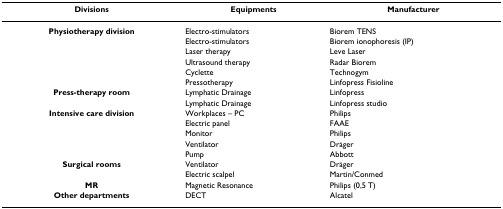
| Divisions | Equipments | Manufacturer |
 | --- | --- | --- |
 | Physiotherapy division | Electro-stimulators | Biorem TENS |
 |  | Electro-stimulators | Biorem ionophoresis (IP) |
 |  | Laser therapy | Leve Laser |
 |  | Ultrasound therapy | Radar Biorem |
 |  | Cyclette | Technogym |
 |  | Pressotherapy | Linfopress Fisioline |
 | Press-therapy room | Lymphatic Drainage | Linfopress |
 |  | Lymphatic Drainage | Linfopress studio |
 | Intensive care division | Workplaces – PC | Philips |
 |  | Electric panel | FAAE |
 |  | Monitor | Philips |
 |  | Ventilator | Dräger |
 |  | Pump | Abbott |
 | Surgical rooms | Ventilator | Dräger |
 |  | Electric scalpel | Martin/Conmed |
 | MR | Magnetic Resonance | Philips (0,5 T) |
 | Other departments | DECT | Alcatel |